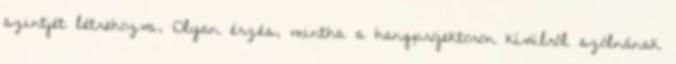
szintjét létrehozva. Olyan érzés, mintha a hangprojektoron kívülről szólnának